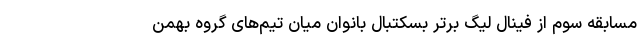
مسابقه سوم از فینال لیگ برتر بسکتبال بانوان میان تیم‌های گروه بهمن